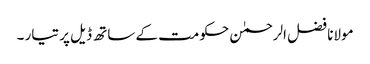
مولانا فضل الرحمٰن حکومت کے ساتھ ڈیل پر تیار ۔